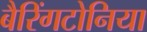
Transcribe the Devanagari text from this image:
बैरिंगटोनिया